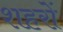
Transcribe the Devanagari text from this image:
शहरों